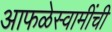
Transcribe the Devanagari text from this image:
आफळेस्वामींची